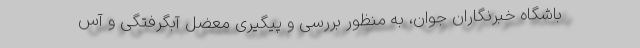
باشگاه خبرنگاران جوان، به منظور بررسی و پیگیری معضل آبگرفتگی و آس